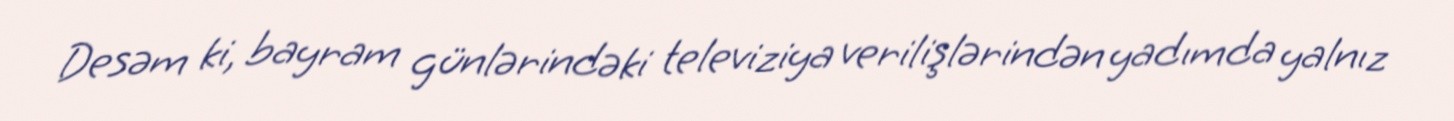
Desəm ki, bayram günlərindəki televiziya verilişlərindən yadımda yalnız